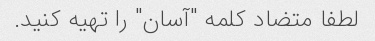
لطفا متضاد کلمه "آسان" را تهیه کنید.